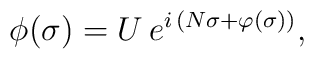
\phi(\sigma) = U \, e^{ i \, ( N \sigma + \varphi(\sigma) ) },